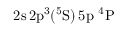
\mathrm { 2 s \, 2 p ^ { 3 } ( ^ { 5 } S ) \, 5 p ~ ^ { 4 } P }